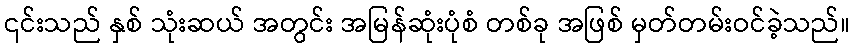
၎င်းသည် နှစ် သုံးဆယ် အတွင်း အမြန်ဆုံးပုံစံ တစ်ခု အဖြစ် မှတ်တမ်းဝင်ခဲ့သည်။